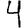
Digit: 4